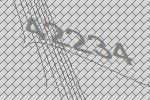
42234